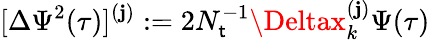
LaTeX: [\Delta\Psi^{2}(\tau)]^{(\mathbf{j})}:=2N_{\mathsf{t}}^{-1}\Deltax_{k}^{(\mathbf{j})}\Psi(\tau)